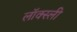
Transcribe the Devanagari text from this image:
लॉक्स्ली